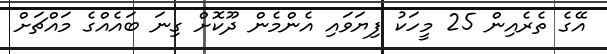
އޭގެ ތެރެއިން 25 މީހަކު ފިޔަވައި އެންމެން ދޫކޮށް ގިނަ ބައެއްގެ މައްޗަށް